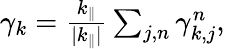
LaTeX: \begin{array}{r}{\gamma_{k}=\frac{k_{\parallel}}{|k_{\parallel}|}\sum_{j,n}\gamma_{k,j}^{n},}\end{array}